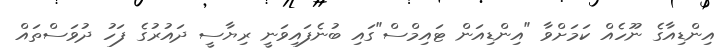
އިންޑިއާގެ ނޫހެއް ކަަމަށްވާ "އިންޑިއަން ޓައިމްސް"ގައި ބުނެފައިވަނީ ރިޔާސީ ދައުރުގެ ފަހު ދުވަސްތައް